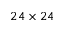
2 4 \times 2 4